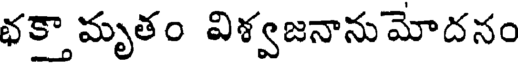
భక్తామృతం విశ్వజనానుమోదనం